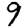
Digit: 9